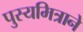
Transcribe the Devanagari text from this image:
पुस्यमित्राने